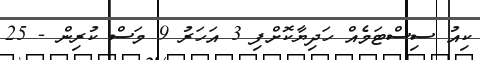
ކިއު ސިސްޓަމެއް ހަދިޔާކޮށްފި 3 އަހަރު 9 މަސް ކުރިން - 25